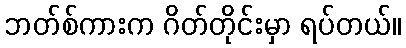
ဘတ်စ်ကားက ဂိတ်တိုင်းမှာ ရပ်တယ်။